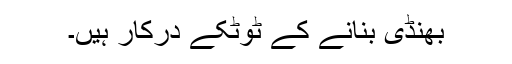
بھنڈی بنانے کے ٹوٹکے درکار ہیں۔